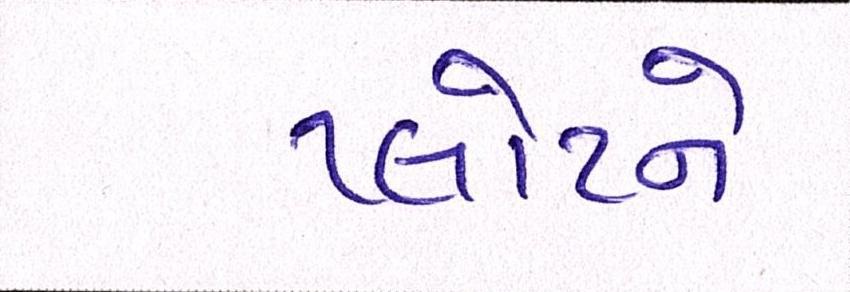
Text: પ્લોટને